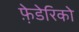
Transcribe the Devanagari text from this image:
फ़े़डेरिको